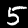
Digit: 5